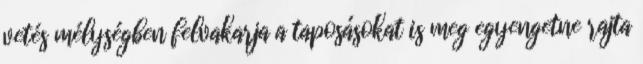
vetés mélységben felvakarja a taposásokat is meg egyengetne rajta